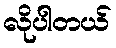
လိုပါတယ်